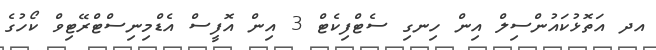
އދ އަތޮޅުކައުންސިލް އިން ހިނގި ސެޓްފިކެޓް 3 އިން އޮފީސް އެޑްމިނިސްޓްރޭޓިވް ކޯހުގެ